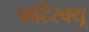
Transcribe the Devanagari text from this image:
फॉर्टेस्क्यू